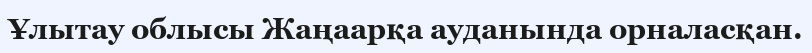
Ұлытау облысы Жаңаарқа ауданында орналасқан.